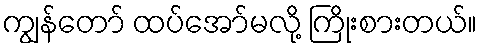
ကျွန်တော် ထပ်အော်မလို့ ကြိုးစားတယ်။